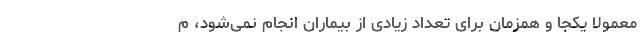
معمولا یکجا و همزمان برای تعداد زیادی از بیماران انجام نمی‌شود، م